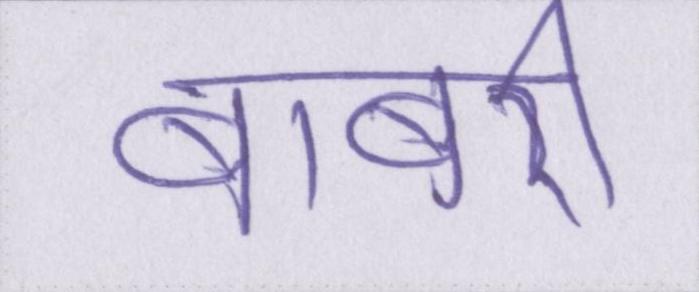
बाबरी